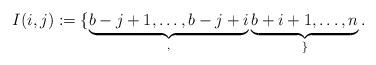
LaTeX: \begin{align*}I(i,j):=\{\underbrace{b-j+1,\dots, b-j+i}_, \underbrace{b+i+1, \dots, n}_\}.\end{align*}